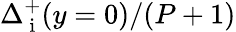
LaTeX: \Delta_{\mathrm{~i~}}^{+}(y=0)/(P+1)